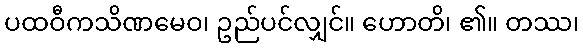
ပထဝီကသိဏမေဝ၊ ဥည်ပင်လျှင်။ ဟောတိ၊ ၏။ တဿ၊